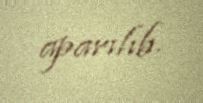
aparılıb.